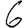
Digit: 6